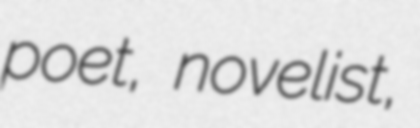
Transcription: poet, novelist,